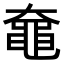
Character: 𬹞